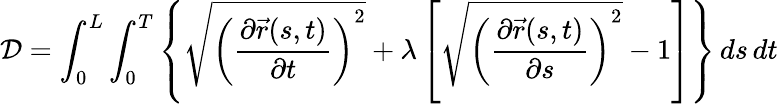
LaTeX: {\mathcal{D}}=\int_{0}^{L}\int_{0}^{T}\left\{ {\sqrt{\left({\frac{\partial{\vec{r}}(s,t)}{\partial t}}\right)^{2}}}+\lambda\left[{\sqrt{\left({\frac{\partial{\vec{r}}(s,t)}{\partial s}}\right)^{2}}}-1\right]\right\} \, ds\, dt